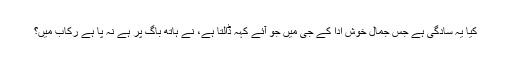
کیا یہ سادگی ہے جس جمالِ خوش ادا کے جی میں جو آئے کہہ ڈالتا ہے، نے ہاتھ باگ پر ہے نہ پا ہے رکاب میں؟